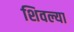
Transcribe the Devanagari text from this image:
शिवल्या